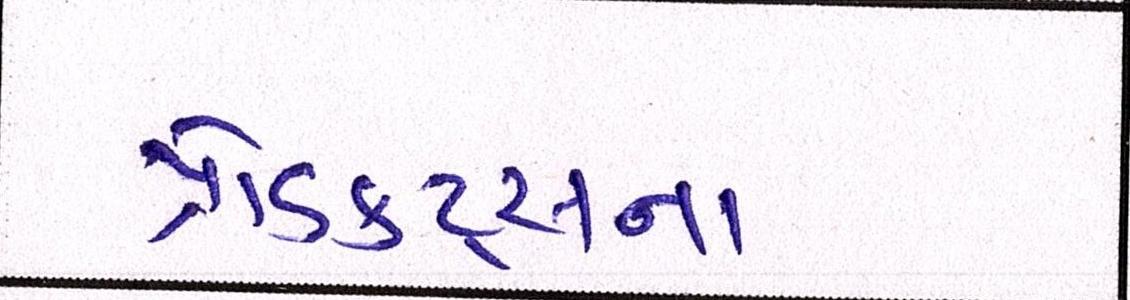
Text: પ્રોડક્ટ્સના